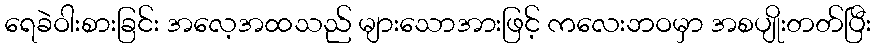
ရေခဲဝါးစားခြင်း အလေ့အထသည် များသောအားဖြင့် ကလေးဘဝမှာ အစပျိုးတတ်ပြီး